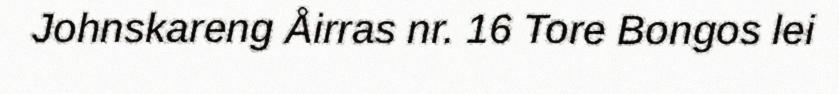
Johnskareng Åirras nr. 16 Tore Bongos lei